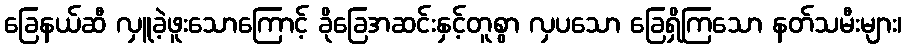
ခြေနယ်ဆီ လှူခဲ့ဖူးသောကြောင့် ခိုခြေအဆင်းနှင့်တူစွာ လှပသော ခြေရှိကြသော နတ်သမီးများ၊